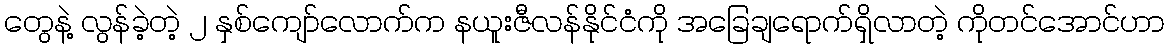
တွေနဲ့ လွန်ခဲ့တဲ့ ၂ နှစ်ကျော်လောက်က နယူးဇီလန်နိုင်ငံကို အခြေချရောက်ရှိလာတဲ့ ကိုတင်အောင်ဟာ